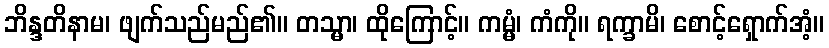
ဘိန္ဒတိနာမ၊ ဖျက်သည်မည်၏။ တသ္မာ၊ ထိုကြောင့်။ ကမ္မံ၊ ကံကို။ ရက္ခာမိ၊ စောင့်ရှောက်အံ့။